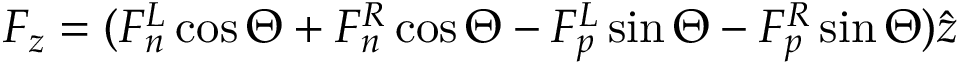
F _ { z } = ( F _ { n } ^ { L } \cos \Theta + F _ { n } ^ { R } \cos \Theta - F _ { p } ^ { L } \sin \Theta - F _ { p } ^ { R } \sin \Theta ) \hat { z }